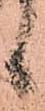
候